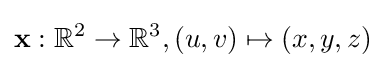
\mathbf {x} :\mathbb {R} ^{2}\to \mathbb {R} ^{3},(u,v)\mapsto (x,y,z)